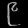
Digit: ၉